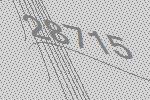
28715